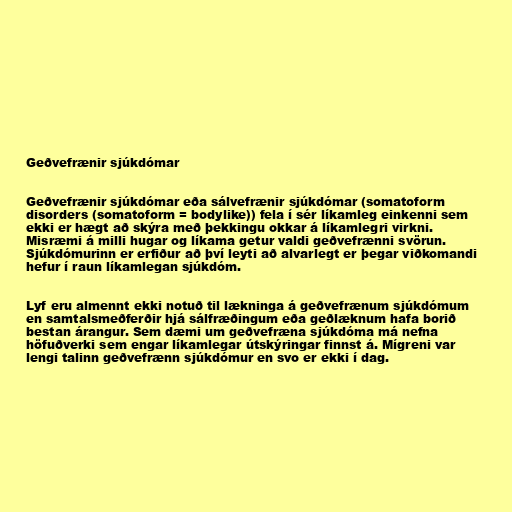
Geðvefrænir sjúkdómar

Geðvefrænir sjúkdómar eða sálvefrænir sjúkdómar (somatoform
disorders (somatoform = bodylike)) fela í sér líkamleg einkenni sem
ekki er hægt að skýra með þekkingu okkar á líkamlegri virkni.
Misræmi á milli hugar og líkama getur valdi geðvefrænni svörun.
Sjúkdómurinn er erfiður að því leyti að alvarlegt er þegar viðkomandi
hefur í raun líkamlegan sjúkdóm.

Lyf eru almennt ekki notuð til lækninga á geðvefrænum sjúkdómum
en samtalsmeðferðir hjá sálfræðingum eða geðlæknum hafa borið
bestan árangur. Sem dæmi um geðvefræna sjúkdóma má nefna
höfuðverki sem engar líkamlegar útskýringar finnst á. Mígreni var
lengi talinn geðvefrænn sjúkdómur en svo er ekki í dag.